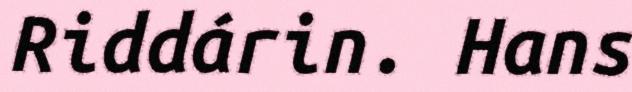
Riddárin. Hans